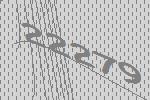
22279